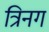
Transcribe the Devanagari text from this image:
त्रिनग